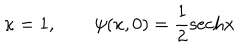
LaTeX: \kappa = 1 , \qquad \psi ( x , 0 ) = { \frac { 1 } { 2 } } \mathrm { s e c h } x